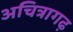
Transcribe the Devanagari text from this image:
अचित्रागढ़